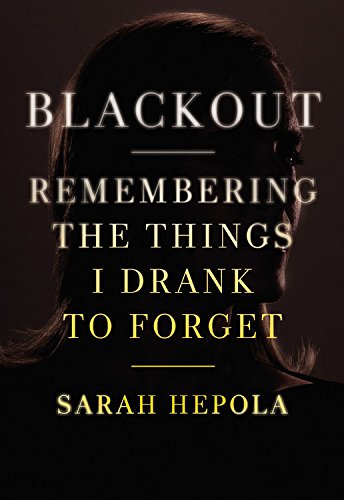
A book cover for Blackout: Remembering the Things I Drank to Forget; Sarah Hepola; Health, Fitness & Dieting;